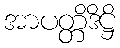
အာပတ္တိဒိဋ္ဌိ